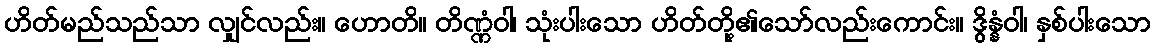
ဟိတ်မည်သည်သာ လျှင်လည်း။ ဟောတိ။ တိဏ္ဏံဝါ၊ သုံးပါးသော ဟိတ်တို့၏သော်လည်းကောင်း။ ဒွိန္နံဝါ၊ နှစ်ပါးသော